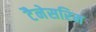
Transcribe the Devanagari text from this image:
टैनेसरिम